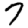
Digit: 7